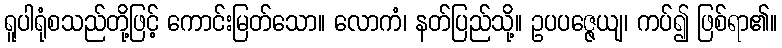
ရူပါရုံစသည်တို့ဖြင့် ကောင်းမြတ်သော။ လောကံ၊ နတ်ပြည်သို့။ ဥပပဇ္ဇေယျ၊ ကပ်၍ ဖြစ်ရာ၏။